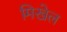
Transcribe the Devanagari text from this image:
मिखेल